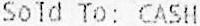
SOLD TO: CASH